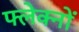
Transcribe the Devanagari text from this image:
फ्लेक्नों